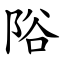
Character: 䧍